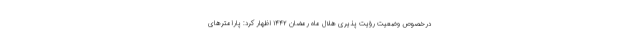
درخصوص وضعیت رؤیت پذیری هلال ماه رمضان ۱۴۴۲ اظهار کرد: پارامترهای